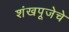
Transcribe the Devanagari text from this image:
शंखपूजेचे